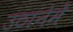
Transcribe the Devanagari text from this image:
उठानेमें